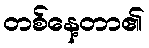
တစ်နေ့တာ၏